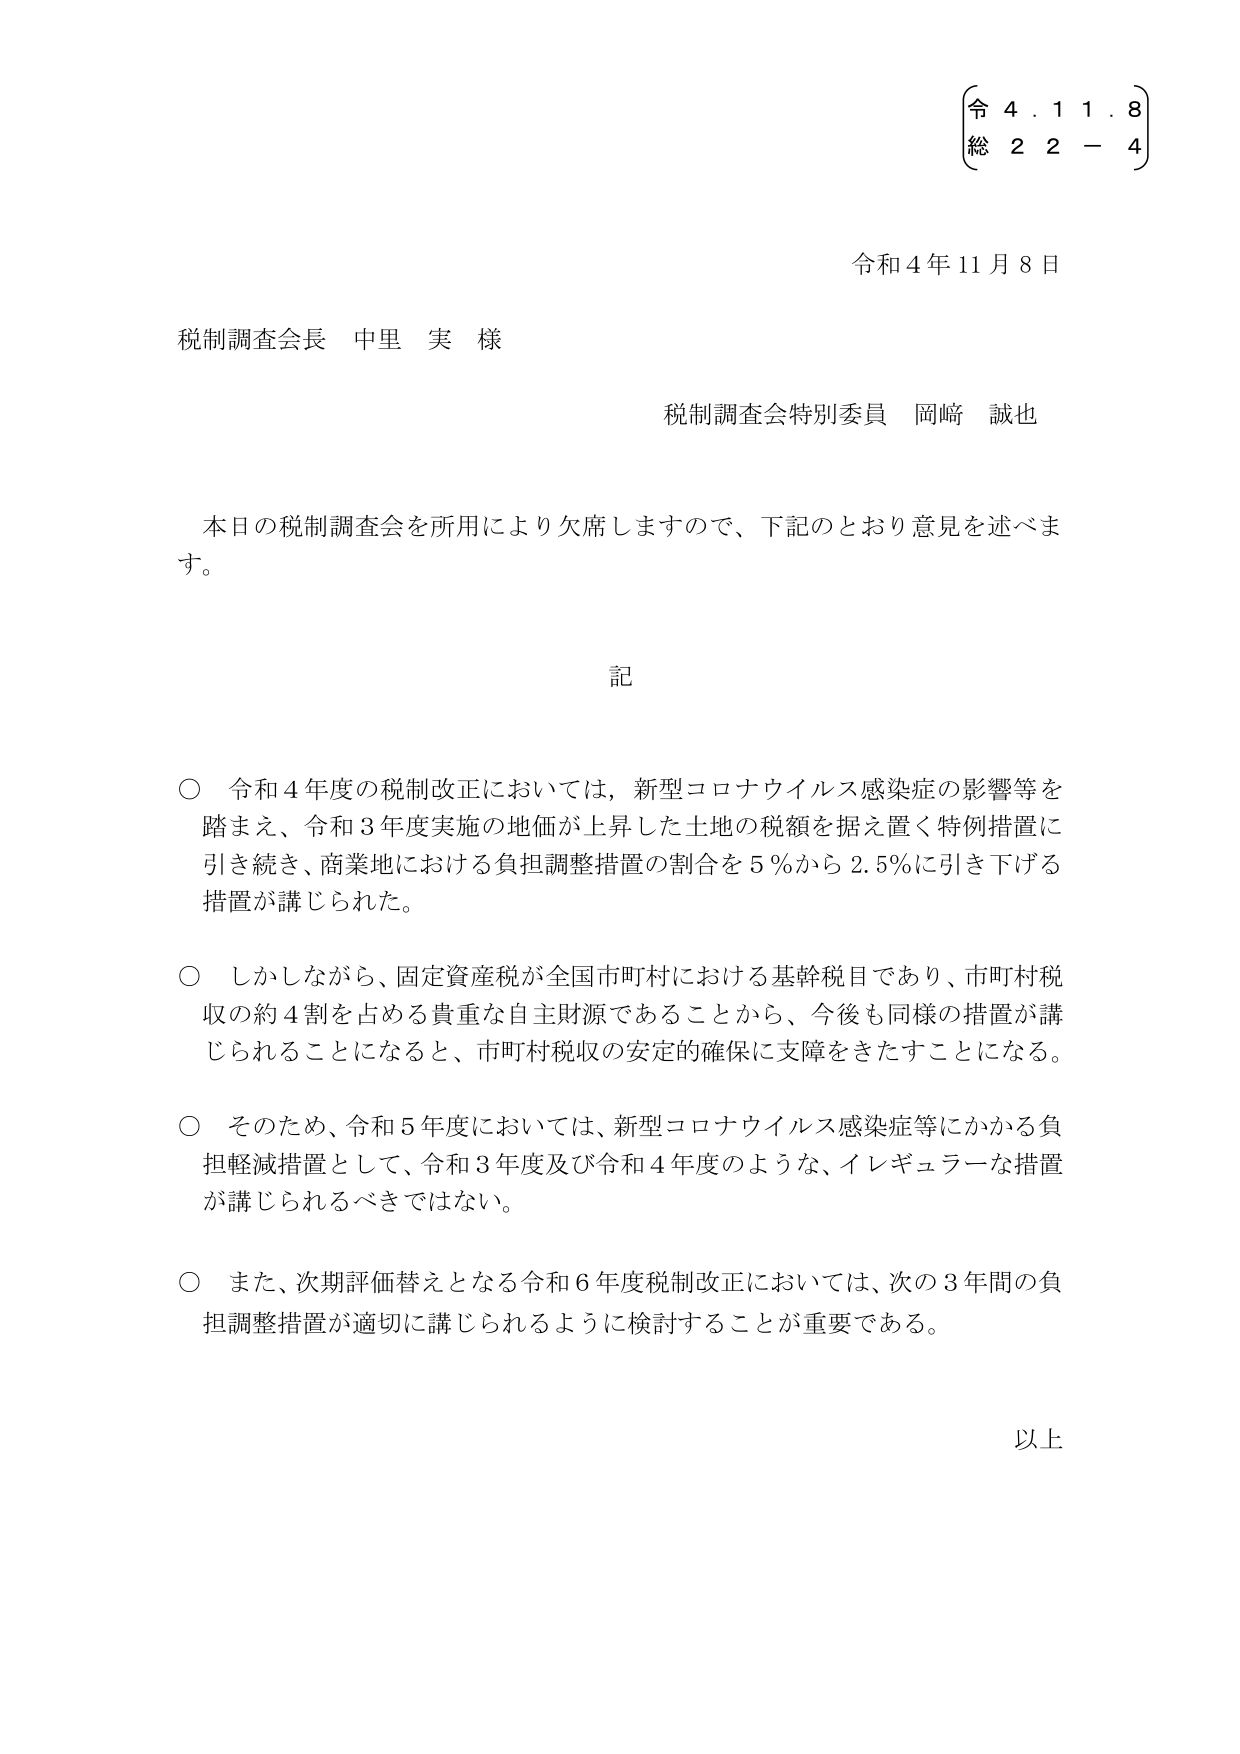
令 4. 1 1. 8
総 2 2 - 4

令和4年11月8日

税制調査会長 中里 実 様

税制調査会特別委員 岡﨑 誠也

本日の税制調査会を所用により欠席しますので、下記のとおり意見を述べます。

記

○ 令和4年度の税制改正においては、新型コロナウイルス感染症の影響等を踏まえ、令和3年度実施の地価が上昇した土地の税額を据え置く特例措置に引き続き、商業地における負担調整措置の割合を5％から2.5％に引き下げる措置が講じられた。

○ しかしながら、固定資産税が全国市町村における基幹税目であり、市町村税収の約4割を占める貴重な自主財源であることから、今後も同様の措置が講じられることになると、市町村税収の安定的確保に支障をきたすことになる。

○ そのため、令和5年度においては、新型コロナウイルス感染症等にかかる負担軽減措置として、令和3年度及び令和4年度のような、イレギュラーな措置が講じられるべきではない。

○ また、次期評価替えとなる令和6年度税制改正においては、次の3年間の負担調整措置が適切に講じられるように検討することが重要である。

以上